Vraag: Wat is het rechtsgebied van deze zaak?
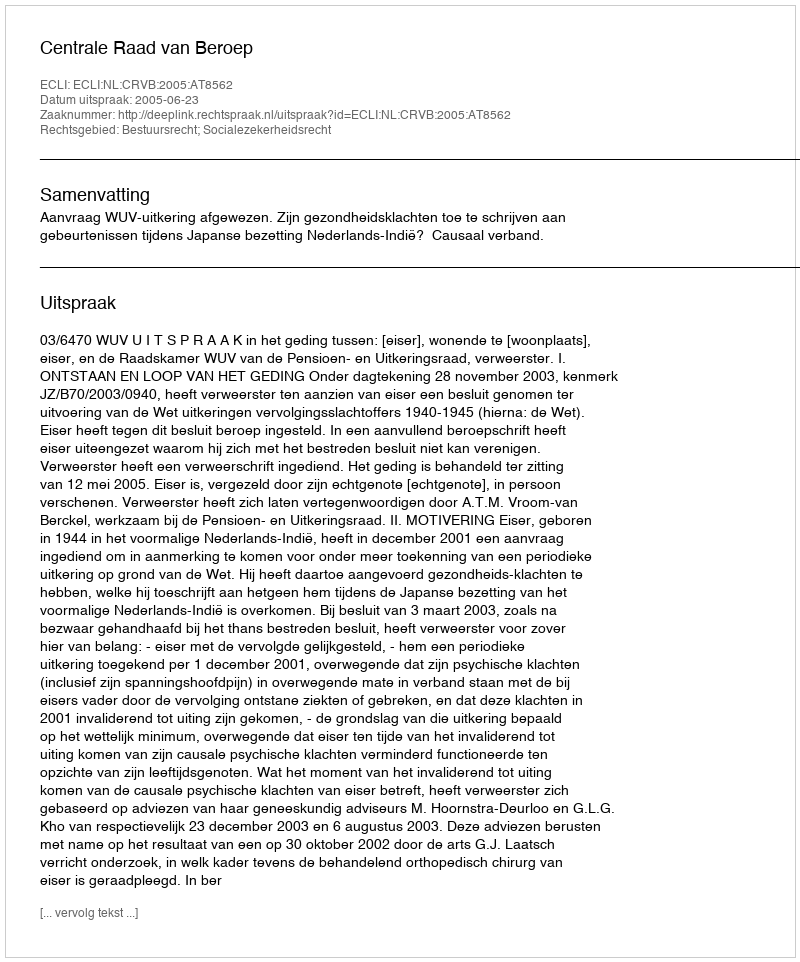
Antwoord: Bestuursrecht; Socialezekerheidsrecht